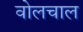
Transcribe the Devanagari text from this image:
वोलचाल